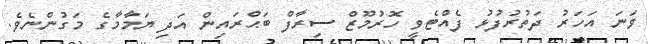
ވަނަ އަހަރު ދަތުރުފުޅު ފެއްޓެވީ ހޮރުމޫޒް ސިރާފް ބަޙްރައިން އަދި ޔަމާމާގެ މަގުންނެވެ.